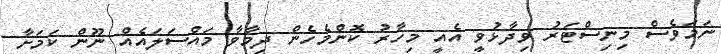
ނަމަވެސް މިނިސްޓަރު ވިދާޅުވީ އެއީ މިހާރު ކޮންމެހެން ދިމާވާ މައްސަލައެއް ނޫން ކަމަށާ